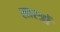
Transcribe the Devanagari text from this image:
सास्त्रों